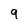
Character: 9